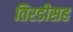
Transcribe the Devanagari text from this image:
तिरडीसह